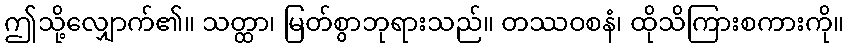
ဤသို့လျှောက်၏။ သတ္ထာ၊ မြတ်စွာဘုရားသည်။ တဿဝစနံ၊ ထိုသိကြားစကားကို။